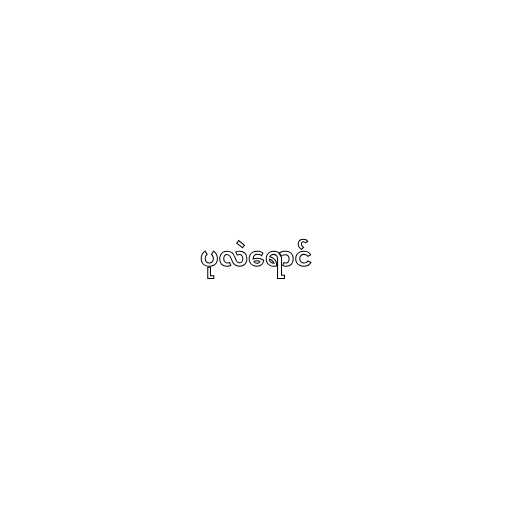
ပုလဲရောင်